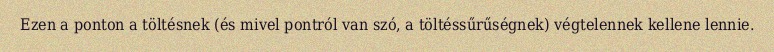
Ezen a ponton a töltésnek (és mivel pontról van szó, a töltéssűrűségnek) végtelennek kellene lennie.